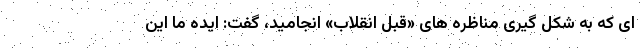
ای که به شکل گیری مناظره های «قبلِ انقلاب» انجامید، گفت: ایده ما این